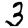
Digit: 3